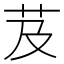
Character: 芨